Civil Veterinary Department Bihar & Orissa reports 1929-36 - 1929-1936
Year: 1929
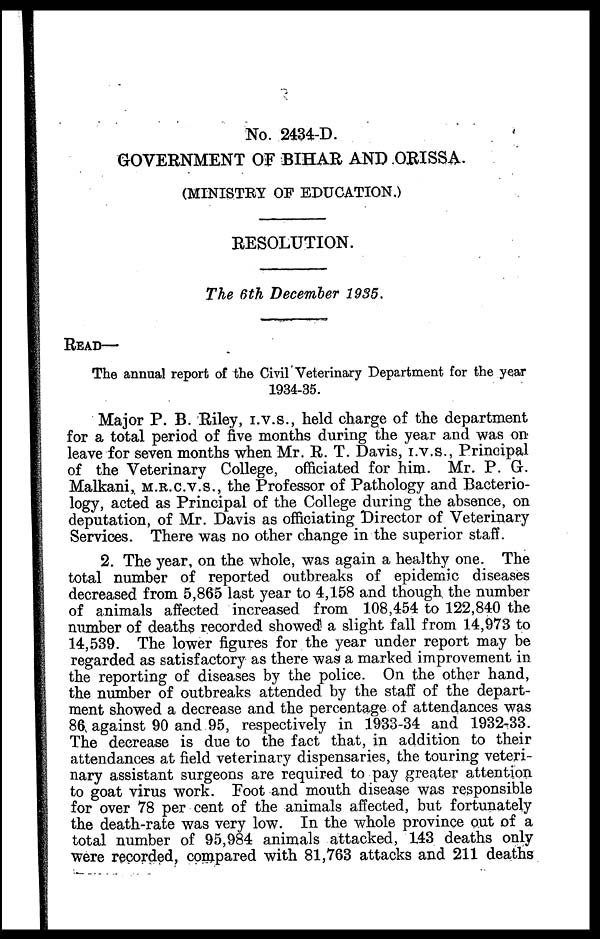
No. 2434-D.
GOVERNMENT OF BIHAR AND ORISSA.
(MINISTRY OF EDUCATION.)
RESOLUTION.
The 6th December 1935.
READ—
The annual report of the Civil Veterinary Department for the year
1934-35.
Major P. B. Riley, I.V.S., held charge of the department
for a total period of five months during the year and was on
leave for seven months when Mr. R. T. Davis, I.V.S., Principal
of the Veterinary College, officiated for him. Mr. P. G.
Malkani, M.R.C.V.S., the Professor of Pathology and Bacterio-
logy, acted as Principal of the College during the absence, on
deputation, of Mr. Davis as officiating Director of Veterinary
Services. There was no other change in the superior staff.
2. The year, on the whole, was again a healthy one. The
total number of reported outbreaks of epidemic diseases
decreased from 5,865 last year to 4,158 and though the number
of animals affected increased from 108,454 to 122,840 the
number of deaths recorded showed a slight fall from 14,973 to
14,539. The lower figures for the year under report may be
regarded as satisfactory as there was a marked improvement in
the reporting of diseases by the police. On the other hand,
the number of outbreaks attended by the staff of the depart-
ment showed a decrease and the percentage of attendances was
86 against 90 and 95, respectively in 1933-34 and 1932-33.
The decrease is due to the fact that, in addition to their
attendances at field veterinary dispensaries, the touring veteri-
nary assistant surgeons are required to pay greater attention
to goat virus work. Foot and mouth disease was responsible
for over 78 per cent of the animals affected, but fortunately
the death-rate was very low. In the whole province out of a
total number of 95,984 animals attacked, 143 deaths only
were recorded, compared with 81,763 attacks and 211 deaths